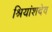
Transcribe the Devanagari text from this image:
श्रियांशदेव